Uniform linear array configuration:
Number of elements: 32
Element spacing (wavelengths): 1
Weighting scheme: hamming
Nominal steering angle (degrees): -45
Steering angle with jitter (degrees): -43.563
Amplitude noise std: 0.05
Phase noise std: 0.05

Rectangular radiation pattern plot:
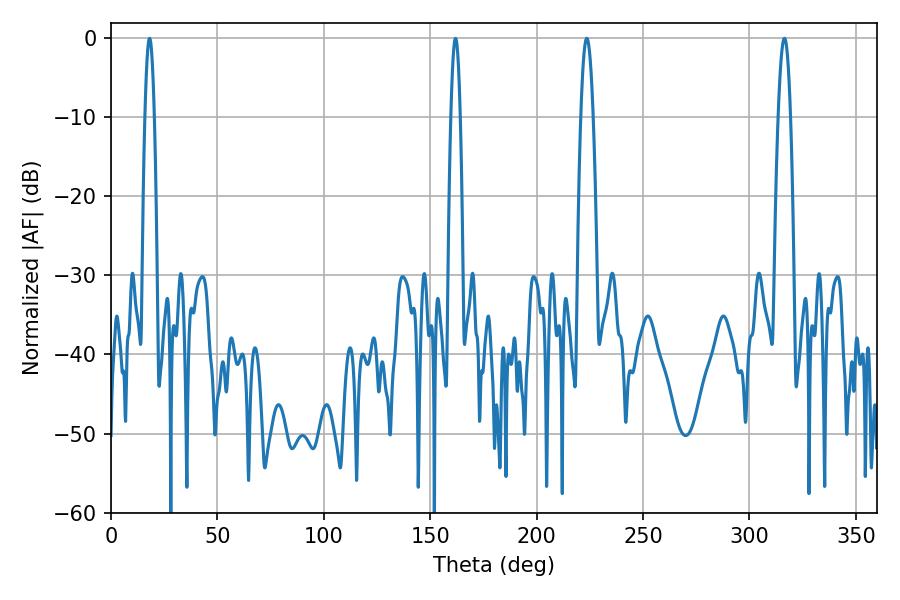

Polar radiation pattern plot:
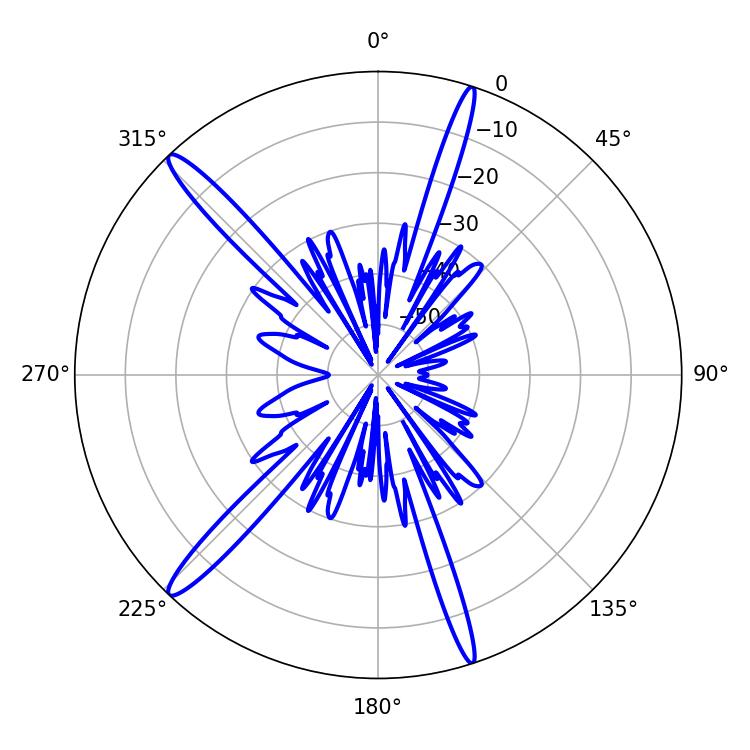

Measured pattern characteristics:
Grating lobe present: TRUE
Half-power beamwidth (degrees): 3.24
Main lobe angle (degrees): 223.56